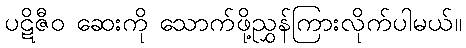
ပဋိဇီဝ ဆေးကို သောက်ဖို့ညွှန်ကြားလိုက်ပါမယ်။